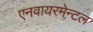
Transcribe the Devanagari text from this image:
एनवायरमेन्टल